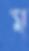
ম